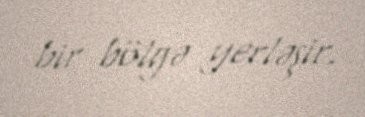
bir bölgə yerləşir.